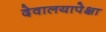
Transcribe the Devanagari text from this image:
देवालयापेक्षा